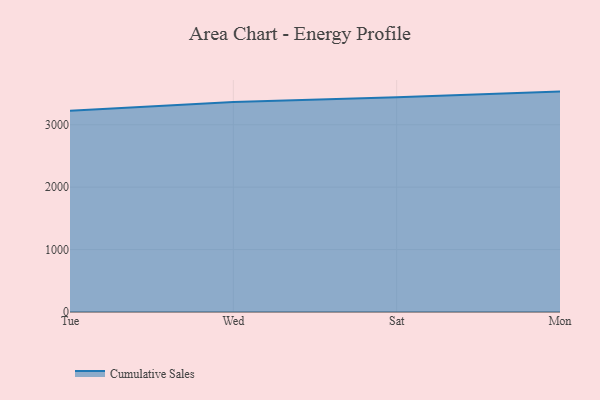
{"axis": {"x": "Day", "y": "Demand Index"}, "legend": ["Cumulative Sales"], "data": [{"x": "Tue", "y": 3224.4, "type": "Cumulative Sales"}, {"x": "Wed", "y": 3364.1, "type": "Cumulative Sales"}, {"x": "Sat", "y": 3441.0, "type": "Cumulative Sales"}, {"x": "Mon", "y": 3531.1, "type": "Cumulative Sales"}]}